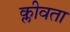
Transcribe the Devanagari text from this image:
क्लीवता